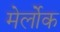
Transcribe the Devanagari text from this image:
मेर्लोक